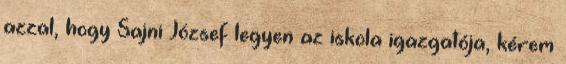
azzal, hogy Sajni József legyen az iskola igazgatója, kérem